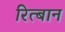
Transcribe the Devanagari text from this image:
रित्बान